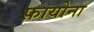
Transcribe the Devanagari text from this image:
फ़ायोना